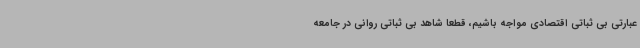
عبارتی بی ثباتی اقتصادی مواجه باشیم، قطعا شاهد بی ثباتی روانی در جامعه